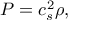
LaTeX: P = c _ { s } ^ { 2 } \rho ,